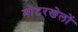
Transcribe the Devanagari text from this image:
मोटरखेलों